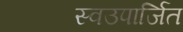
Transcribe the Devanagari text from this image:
स्वउपार्जित